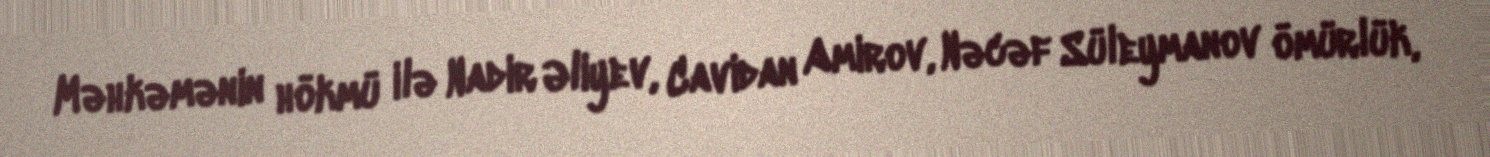
Məhkəmənin hökmü ilə Nadir Əliyev, Cavidan Amirov, Nəcəf Süleymanov ömürlük,